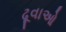
ઢૂવાઓ